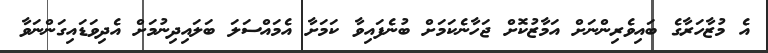
އެ މުޒާހަރާގެ ބައިވެރިންނަށް އަމާޒުކޮށް ޖަހާނެކަމަށް ބުނެފައިވާ ކަމަށާ އެމައްސަލަ ބަލައިދިނުމަށް އެދިވަޑައިގަންނަވާ